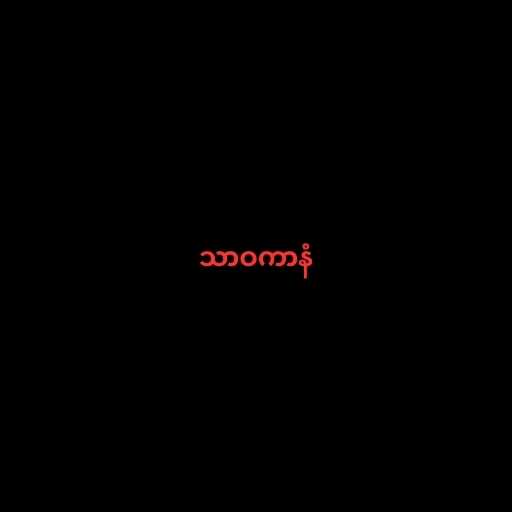
သာဝကာနံ